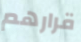
قرارهم